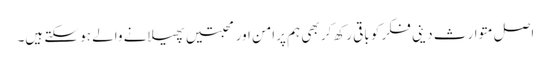
اصل متوارث دینی فکر کو باقی رکھ کر بھی ہم پرامن اور محبتیں پھیلانے والے ہو سکتے ہیں۔